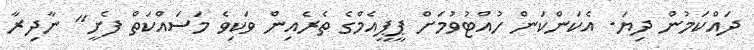
ދައްކަމުން ދިޔަ. އެކަންކަން ހުއްޓުވުމަށް ޕީޕީއެމްގެ ތެރެއިން ވަކިވެ މަސައްކަތް ފެށީ" ނާދިރާ